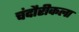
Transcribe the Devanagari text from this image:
चंदौरीकला